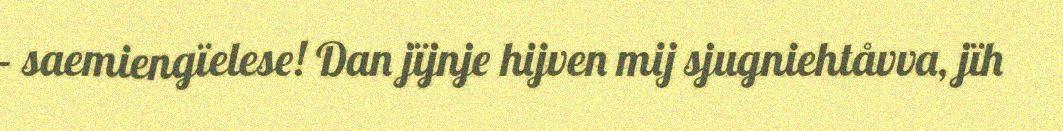
– saemiengïelese! Dan jïjnje hijven mij sjugniehtåvva, jïh